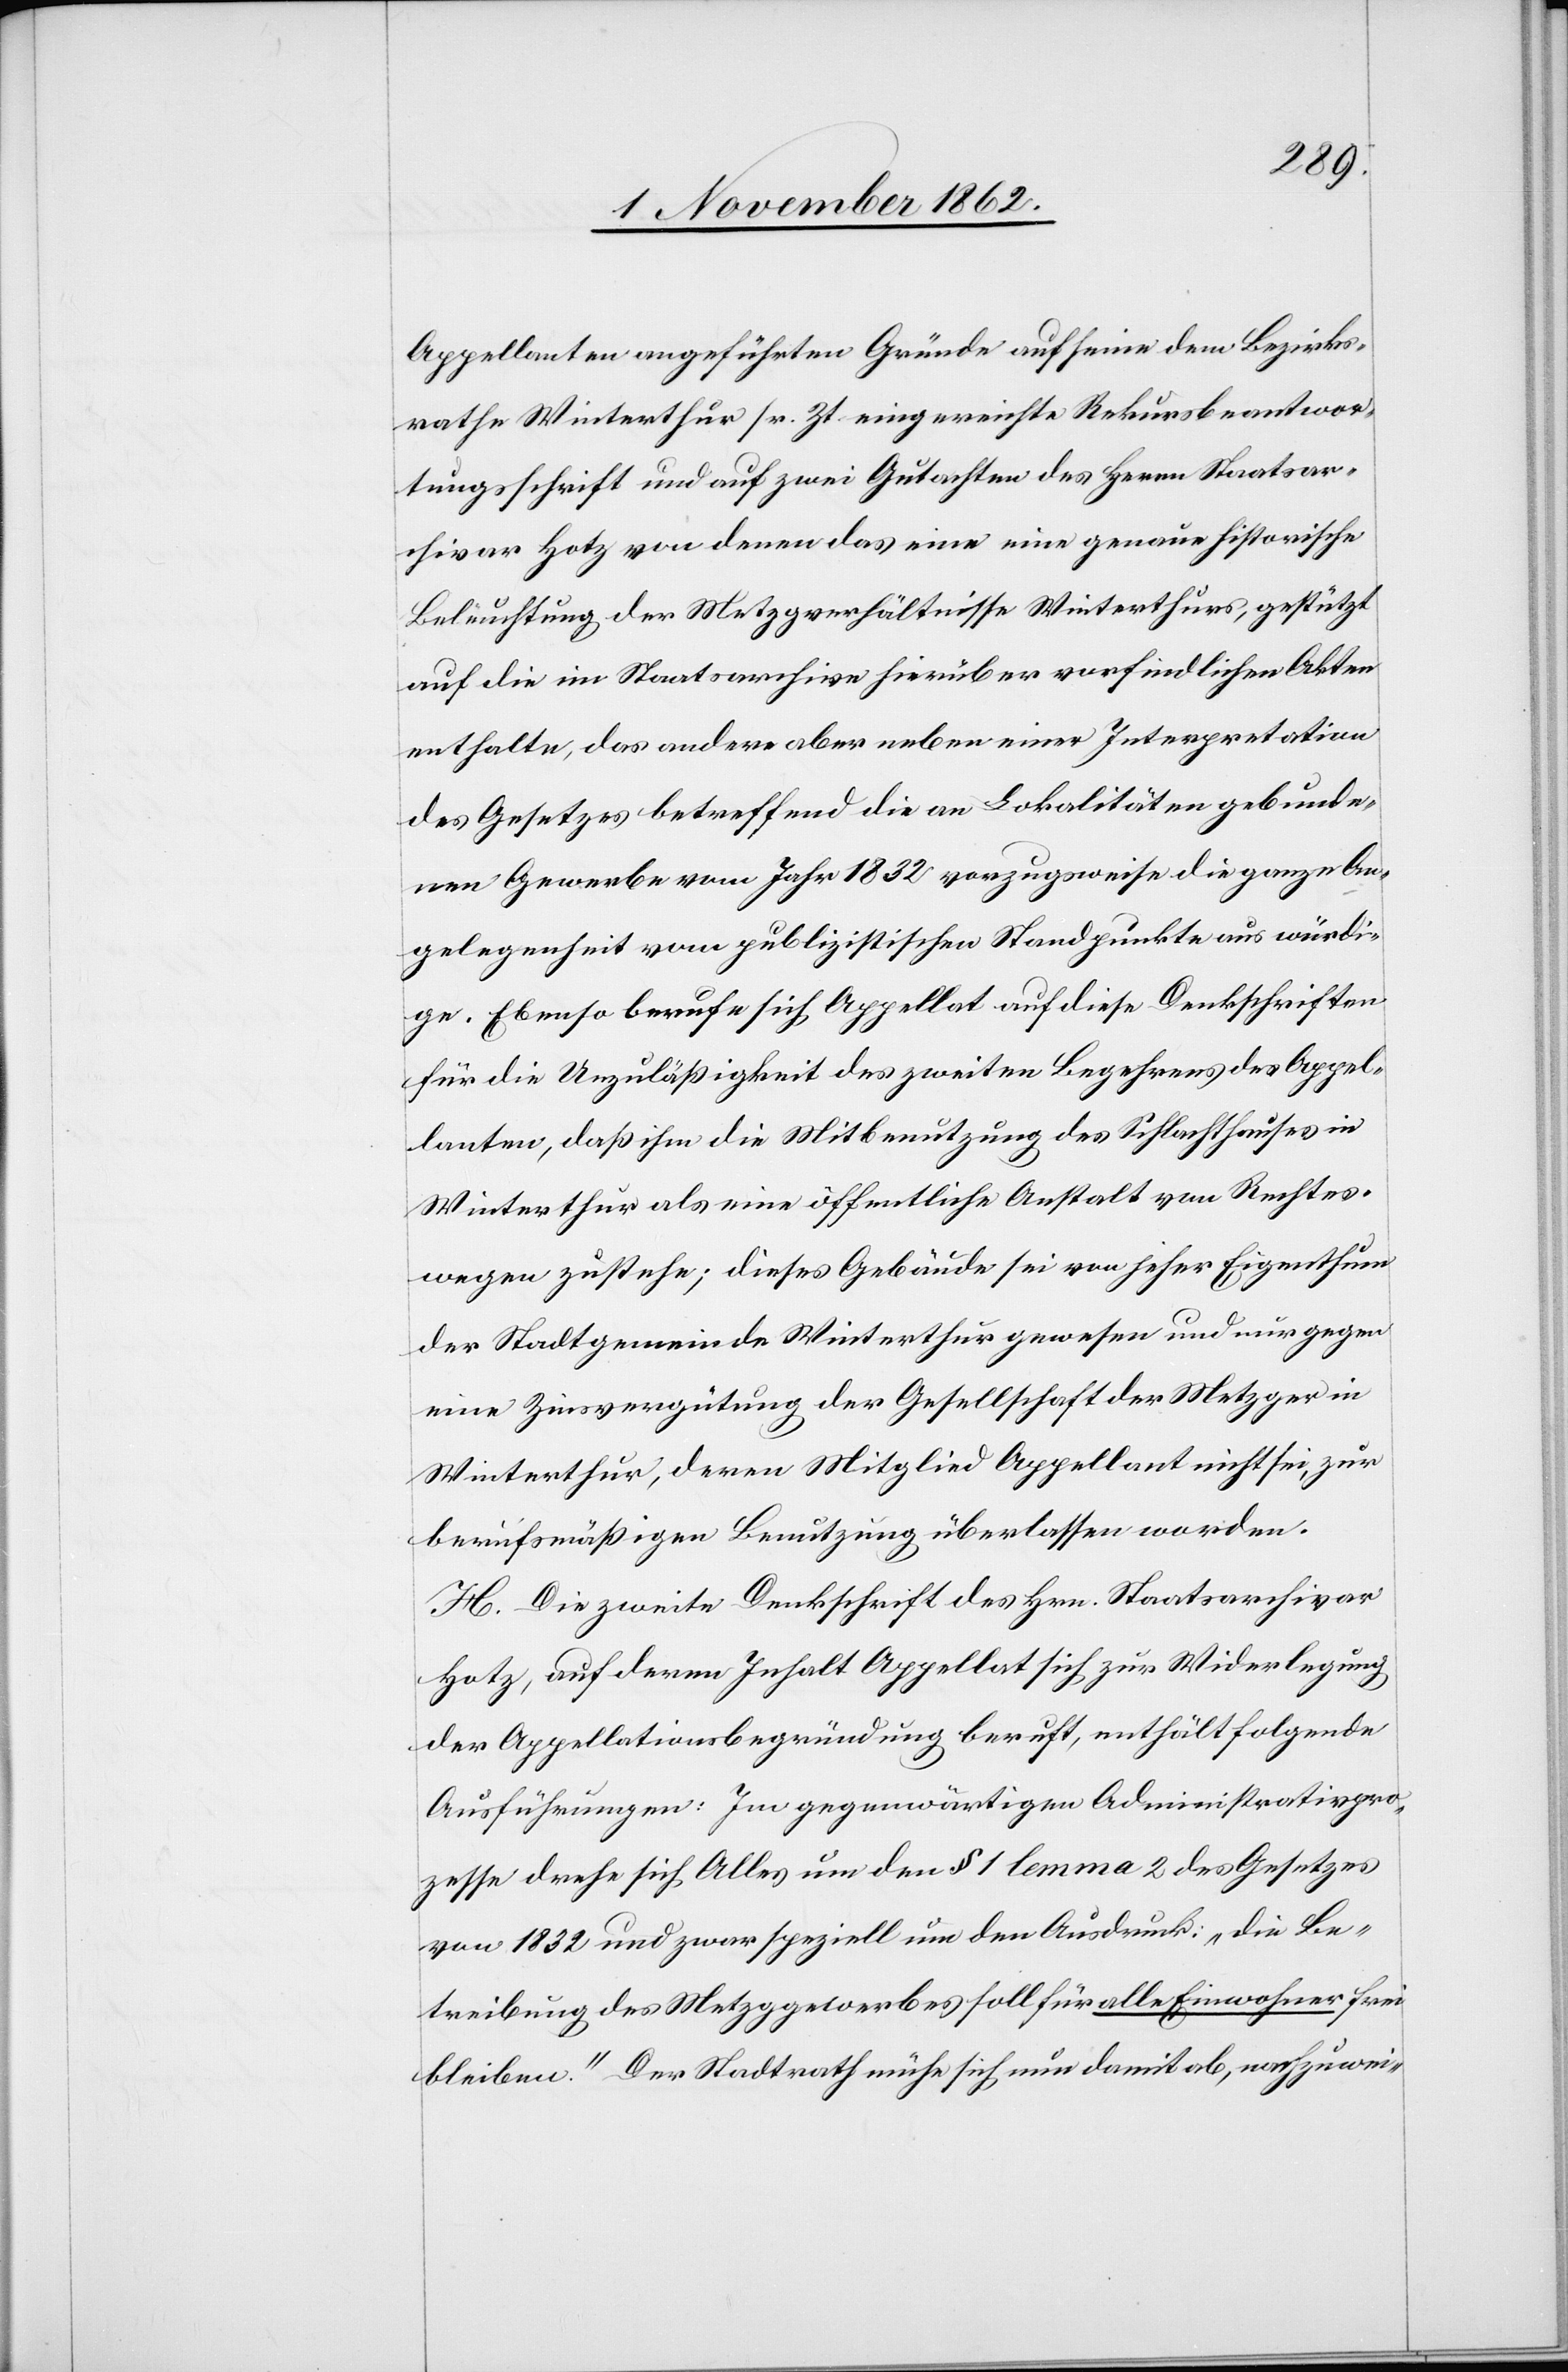
Appellanten angeführten Gründe auf seine dem Bezirks¬
rathe Winterthur sr. Zt. eingereichte Rekursantwor¬
tungsschrift und auf zwei Gutachten des Herrn Staatsar¬
chivar Hotz von denen das eine genaue historische
Beleuchtung der Metzgerverhältnisse Winterthurs, gestützt
auf die im Staatsarchive hierüber vorfindlichen Akten
enthalte, das andere aber neben einer Interpretation
des Gesetzes betreffend die an Lokalitäten gebunde¬
nen Gewerbe vom Jahr 1832 vorzugsweise die ganze An¬
gelegenheit vom publizistischen Standpunkte aus würdi¬
ge. Ebenso berufe sich Appellat auf diese Denkschriften
für die Unzuläßigkeit des zweiten Begehrens des Appel¬
lanten, daß ihm die Mitbenutzung des Schlachthauses in
Winterthur als eine öffentliche Anstalt von Rechtes¬
wegen zustehe; dieses Gebäude sei von jeher Eigenthum
der Stadtgemeinde Winterthur gewesen und nur gegen
eine Zinsvergütung der Gesellschaft der Metzger in
Winterthur, deren Mitglied Appellant nicht sei, zur
berufsmäßigen Benutzung überlassen worden.
H. Die zweite Denkschrift des Hrn. Staatsarchivar
Hotz, auf deren Inhalt Appellat sich zur Widerlegung
der Appellationsbegründung beruft, enthält folgende
Ausführungen: Im gegenwärtigen Administrativpro¬
tokoll drehe sich Alles um den § 1 lemma 2 des Gesetzes
von 1832 und zwar speziell um den Ausdruck: „die Be¬
treibung des Metzggewerbes soll für alle Einwohner frei
bleiben.“ Der Stradtrath mühe sich nun damit ab, nachzuwei-